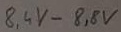
Text: 8,4V-8,8V